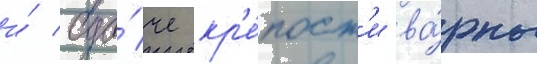
и́ сда́че кр'е́пост'и ва́рны